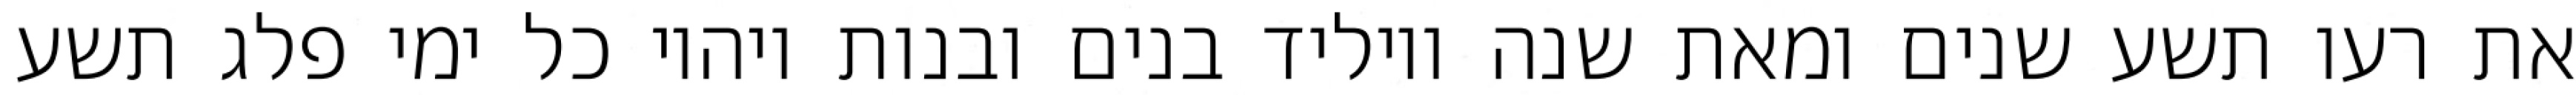
את רעו תשע שנים ומאת שנה ויוליד בנים ובנות ויהיו כל ימי פלג תשע